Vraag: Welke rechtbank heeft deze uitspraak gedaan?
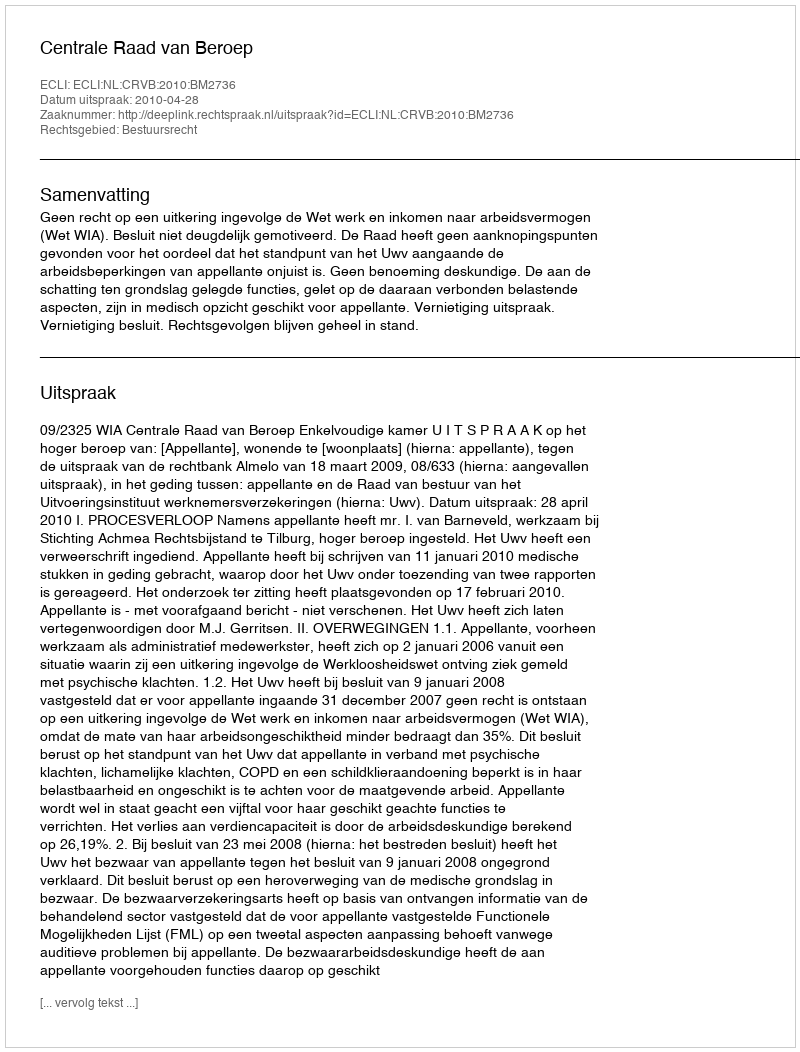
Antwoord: Centrale Raad van Beroep